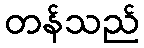
တန်သည်